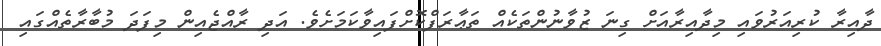
ދާއިރާ ކުރިއަރުވައި މިދާއިރާއަށް ގިނަ ޒުވާނުންތަކެއް ތަޢާރަފްކޮށްފައިވާކަމަށެވެ. އަދި ރާއްޖެއިން މިފަދަ މުބާރާތެއްގައި